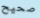
صحيح